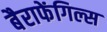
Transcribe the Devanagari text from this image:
बैराफेंगिल्स